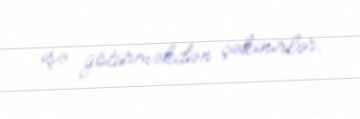
işə götürməkdən çəkinirlər.